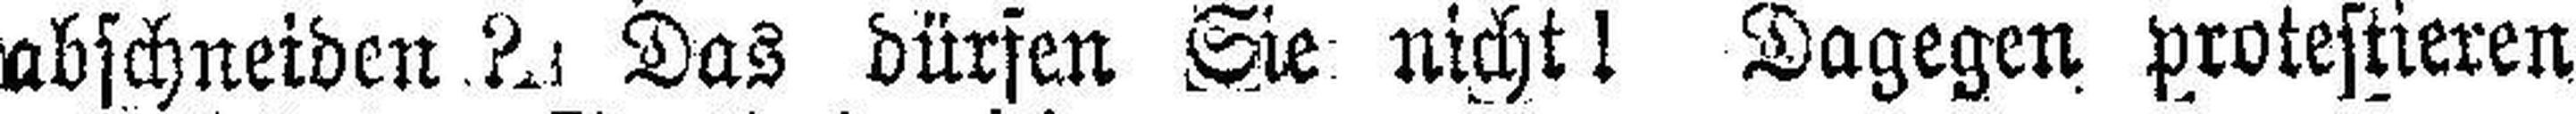
abschneiden? Das dürfen Sie nicht! Dagegen protestieren